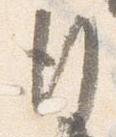
行